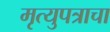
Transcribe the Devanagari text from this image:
मृत्युपत्राचा